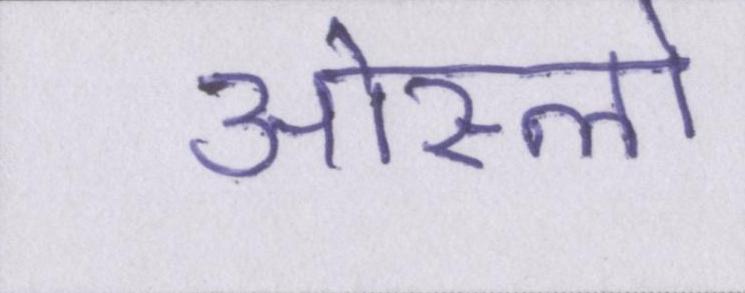
ओस्लो